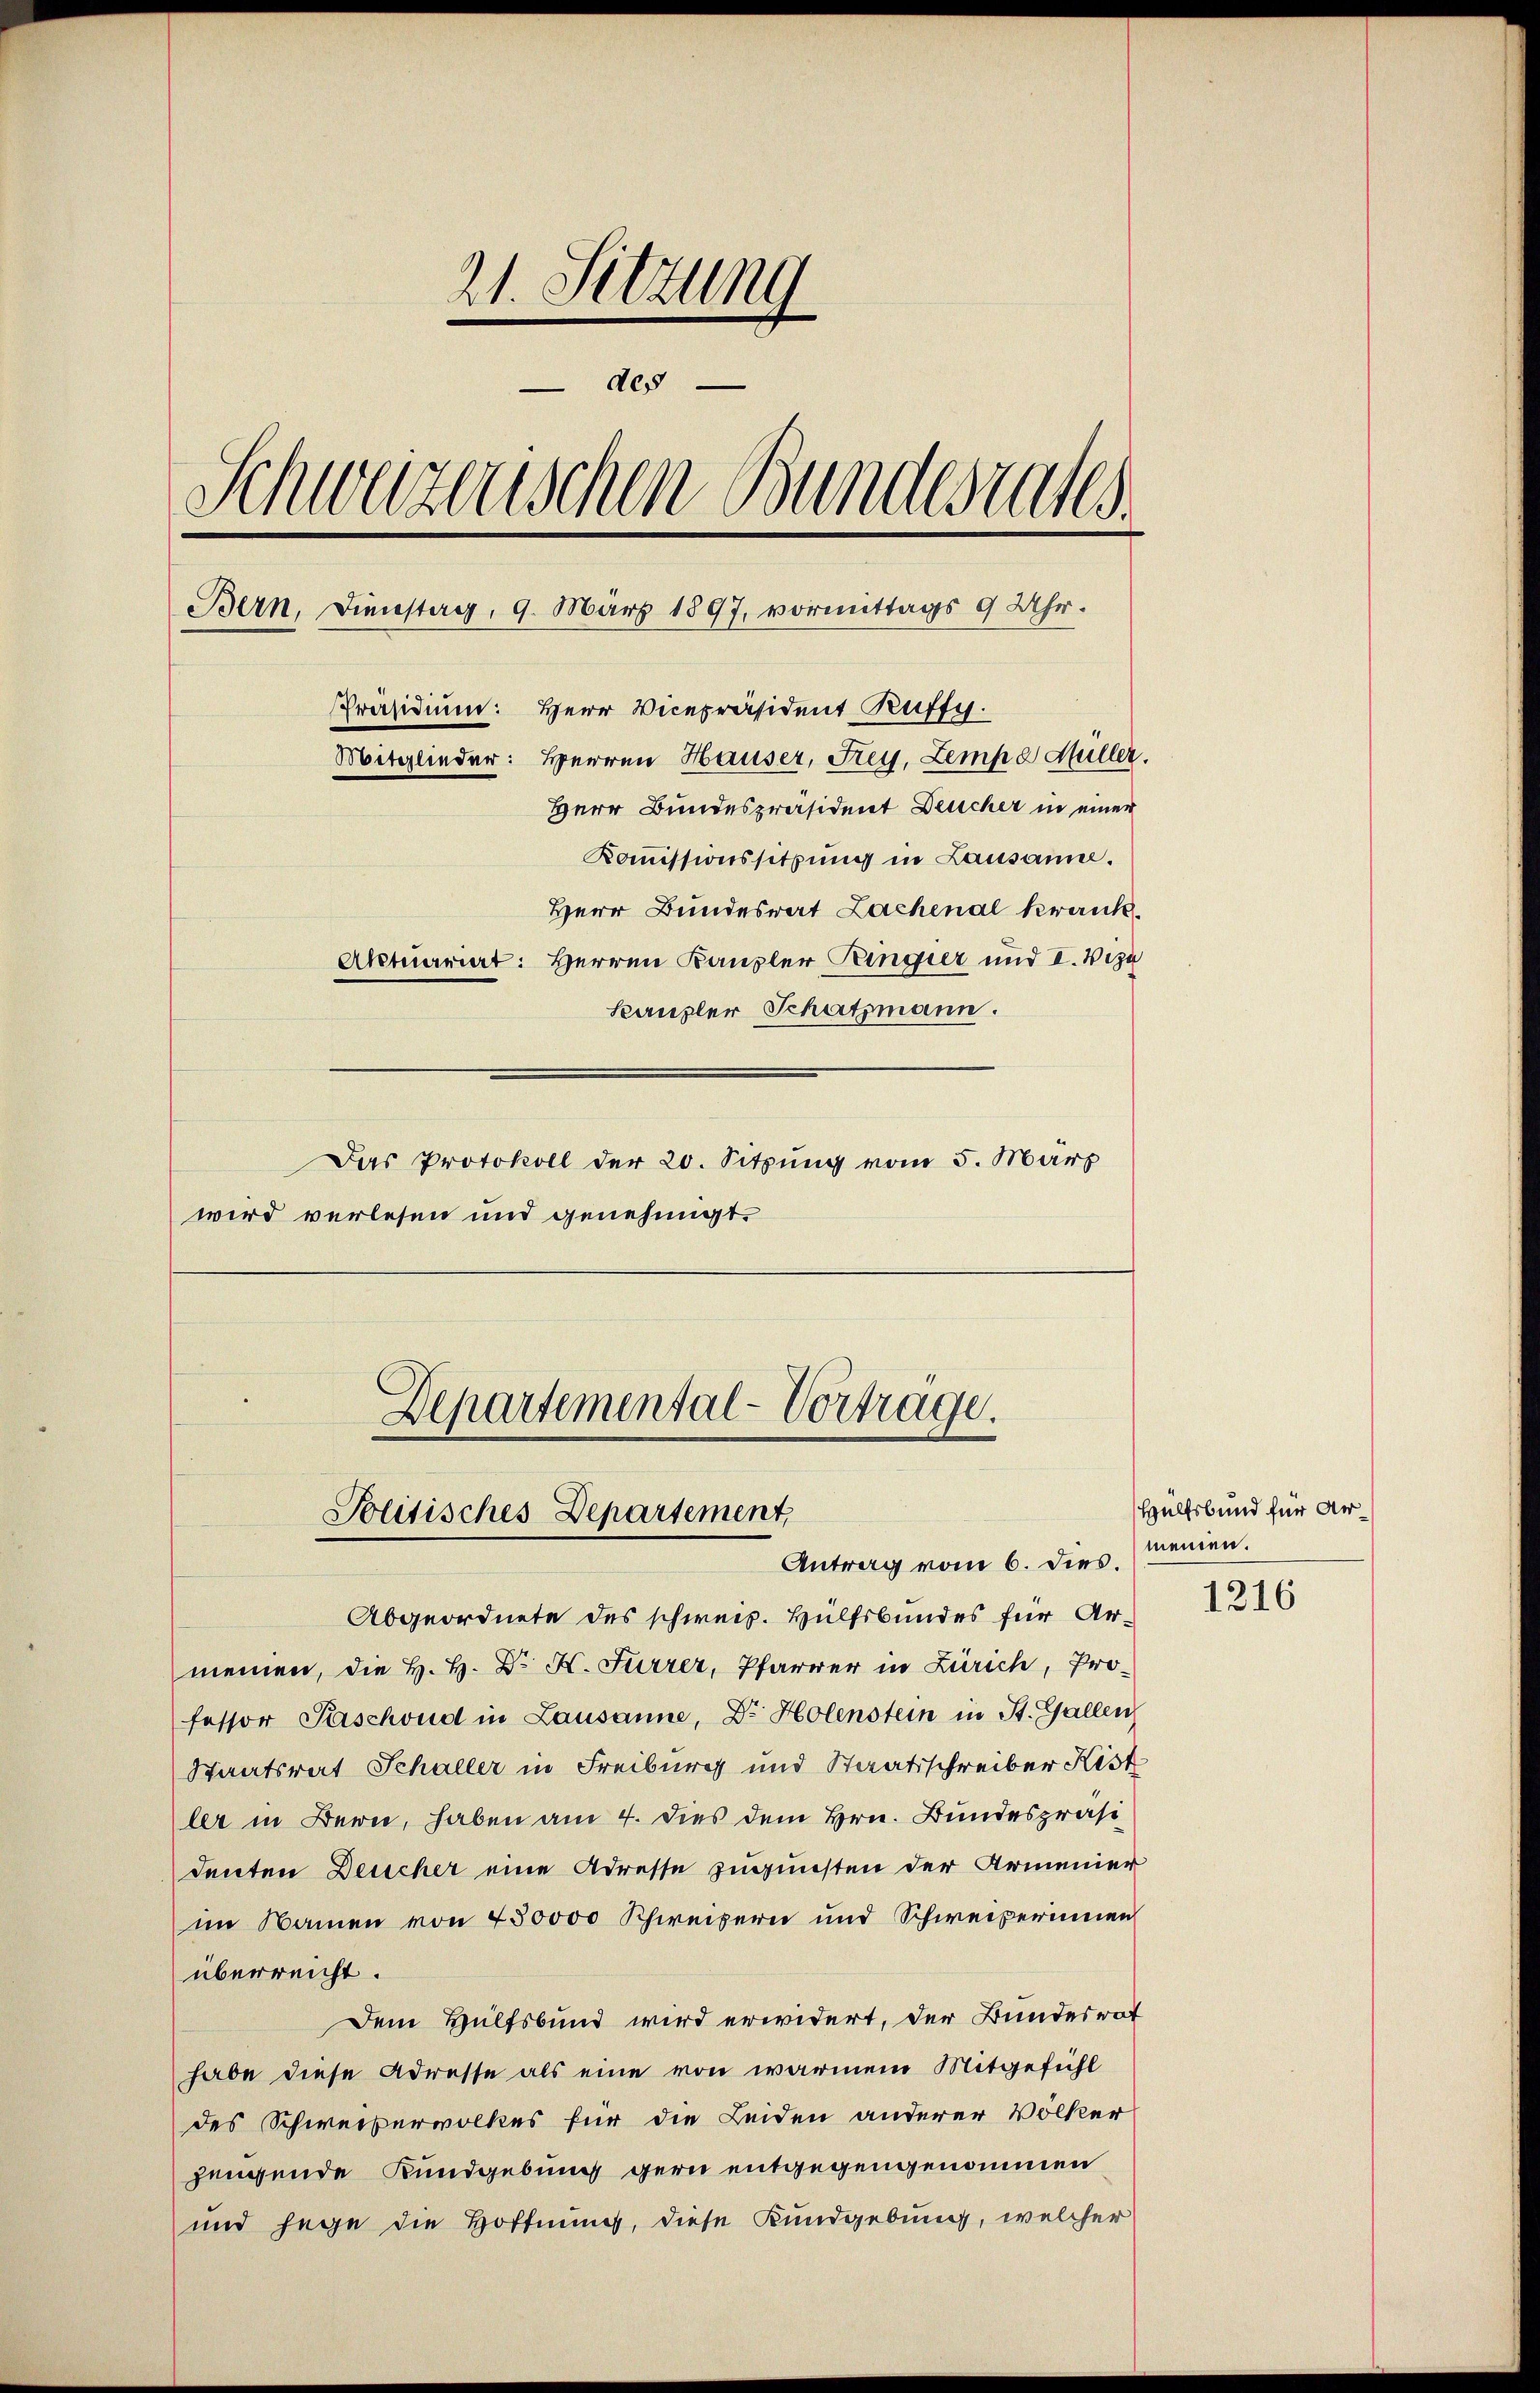
21. Sitzum
des
Schweizerischen Bundesrates
Bern, Dienstag, 9. März 1897, vormittags 9 Uhr.
Präsidium: Herr Vicepräsident Ruffy.
Mitglieder: Herren Hauser, Frey. Zempe Hüller.
Herr Bundespräsident Deucher in einer
Kommissionssitzung in Lausanne.
Herr Bundesrat Lachenal krank.
Aktuariat: Herren Kanzler Ringier und I. Vize
Kanzler Schatzmann.
Das Protokoll der 20. Sitzung vom 5. März
wird verlesen und genehmigt.

Departemental-Vortrage.
Politisches Departement,
Antrag vom 6. dies.

Abgeordnete des schweiz. Hülfsbundes für Armeinen, die H. H. Dr. H. Furrer, Pfarrer in Zürich, Professor Paschond in Lausanne, Dr Holenstein in St. Gallen
Staatsrat Schaller in Freiburg und Staatsschreiber Kist
ler in Bern, haben am 4. dies dem Hrn. Bundespräsi
denten Deucher eine Adresse zugunsten der Armenier
im Namen von 430000 Schweizern und Schweizerinnen
überreicht.
Dem Hülfsbund wird erwidert, der Bundesrat
habe diese Adresse als eine von warmem Mitgefühl
des Schweizervolkes für die Leiden anderer Völker
jengende Kundgebung gern entgegengenommen
und jege die Hoffnung, diese Kundgebung, welcher

Hülfsbund für Ar
meien.

1216